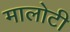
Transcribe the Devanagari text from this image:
मालोटी